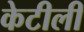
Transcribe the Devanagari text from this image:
केटीली